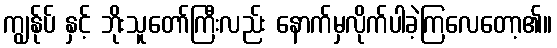
ကျွန်ုပ် နှင့် ဘိုးသူတော်ကြီးလည်း နောက်မှလိုက်ပါခဲ့ကြလေတော့၏။